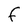
Character: F